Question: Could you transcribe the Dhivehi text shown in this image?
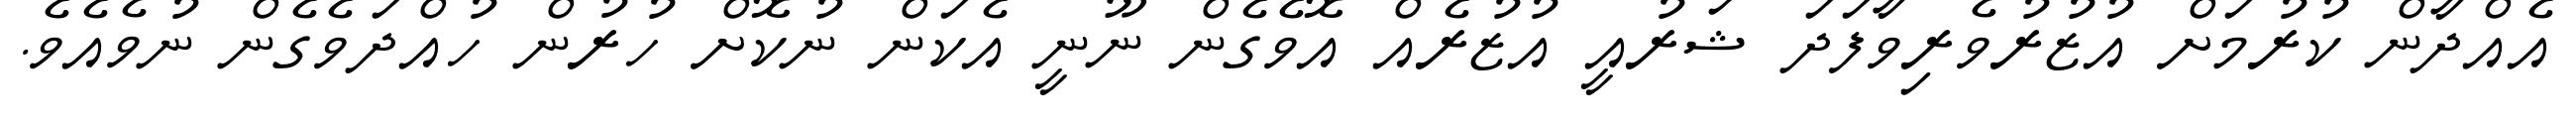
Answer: އެއްދާން ކުރުމަށް އުޒުރުވެރިވާފަދަ ޝަރުއީ އުޒުރެއް އޮވެގެން ނޫނީ އެކަން ނުކޮށް ހުރުން ހުއްދަވެގެން ނުވެއެވެ.